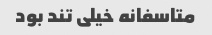
متاسفانه خیلی تند بود